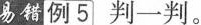
易错 例5 判一判。